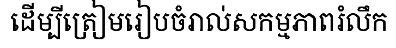
ដើម្បីត្រៀមរៀបចំរាល់សកម្មភាពរំលឹក